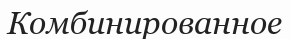
Комбинированное